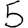
Digit: 5